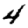
Digit: 4